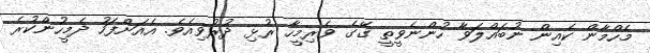
މެހްމާން ކެއިން ނުބައްލަވާ ހުންނެވީތީ ގޭގެ ވެރިމީހާ ރުޅި ދުރުވިއެވެ. އެއަށްފަހު ދެމީހުންކުރެ